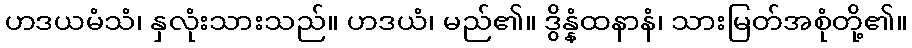
ဟဒယမံသံ၊ နှလုံးသားသည်။ ဟဒယံ၊ မည်၏။ ဒွိန္နံထနာနံ၊ သားမြတ်အစုံတို့၏။